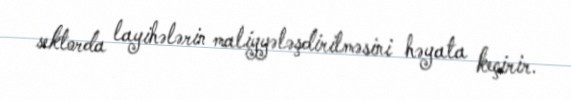
sektorda layihələrin maliyyələşdirilməsini həyata keçirir.